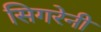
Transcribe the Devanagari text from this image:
सिगरेनी